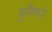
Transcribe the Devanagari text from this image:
पुर्वेमध्ये